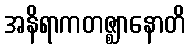
အနိရာကတဇ္ဈာနောတိ